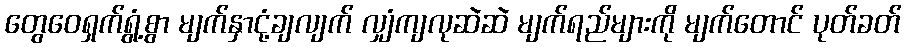
တွေဝေရှက်ရွံ့စွာ မျက်နှာငုံ့ချလျက် လျှံကျလုဆဲဆဲ မျက်ရည်များကို မျက်တောင် ပုတ်ခတ်